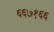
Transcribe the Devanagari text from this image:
६६७१६६